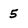
Character: 5